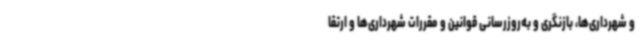
و شهرداری‌ها، بازنگری و به‌روزرسانی قوانین و مقررات شهرداری‌ها و ارتقا